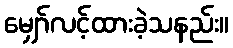
မျှော်လင့်ထားခဲ့သနည်း။